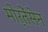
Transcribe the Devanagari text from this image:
मोर्तेंसेन